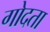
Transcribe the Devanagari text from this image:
गोदता